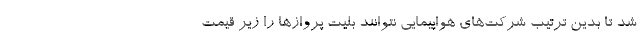
شد تا بدین ترتیب شرکت‌های هواپیمایی نتوانند بلیت پروازها را زیر قیمت